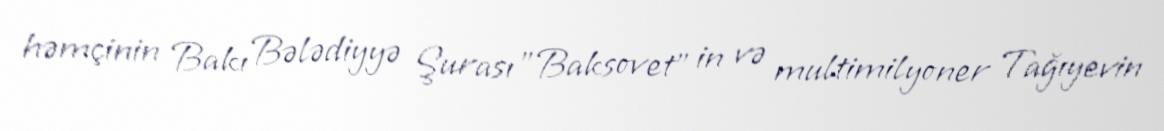
həmçinin Bakı Bələdiyyə Şurası "Baksovet" in və multimilyoner Tağıyevin